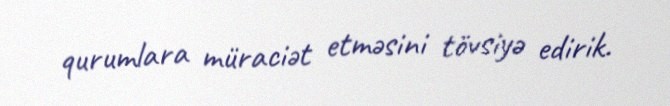
qurumlara müraciət etməsini tövsiyə edirik.